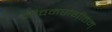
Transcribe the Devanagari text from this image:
जीवनसंगीतम्